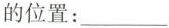
的位置___